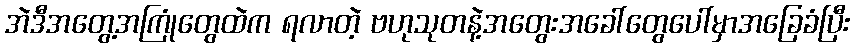
အဲဒီအတွေ့အကြုံတွေထဲက ရလာတဲ့ ဗဟုသုတနဲ့အတွေးအခေါ်တွေပေါ်မှာအခြေခံပြီး